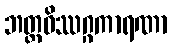
ဘတ္တဝိဿဂ္ဂကာရဏာ